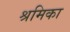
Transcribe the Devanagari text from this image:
श्रमिका